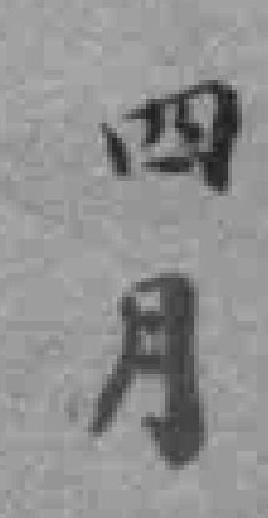
四月